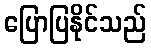
ပြောပြနိုင်သည်